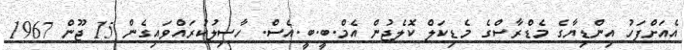
އެއަށްފަހު އިންޑިޔާގެ މެޑްރާސްގެ މެޑިކަލް ކޮލެޖުން އެމް.ބީ.ބީ.އެސް. ހާސިލުކުރައްވައިގެން 15 ޖޫން 1967